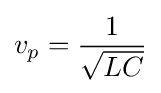
v_{p}={1 \over {\sqrt {LC}}}